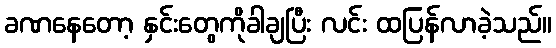
ခဏနေတော့ နှင်းတွေကိုခါချပြီး လင်း ထပြန်လာခဲ့သည်။